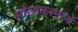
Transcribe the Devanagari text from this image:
ओसाकामध्ये